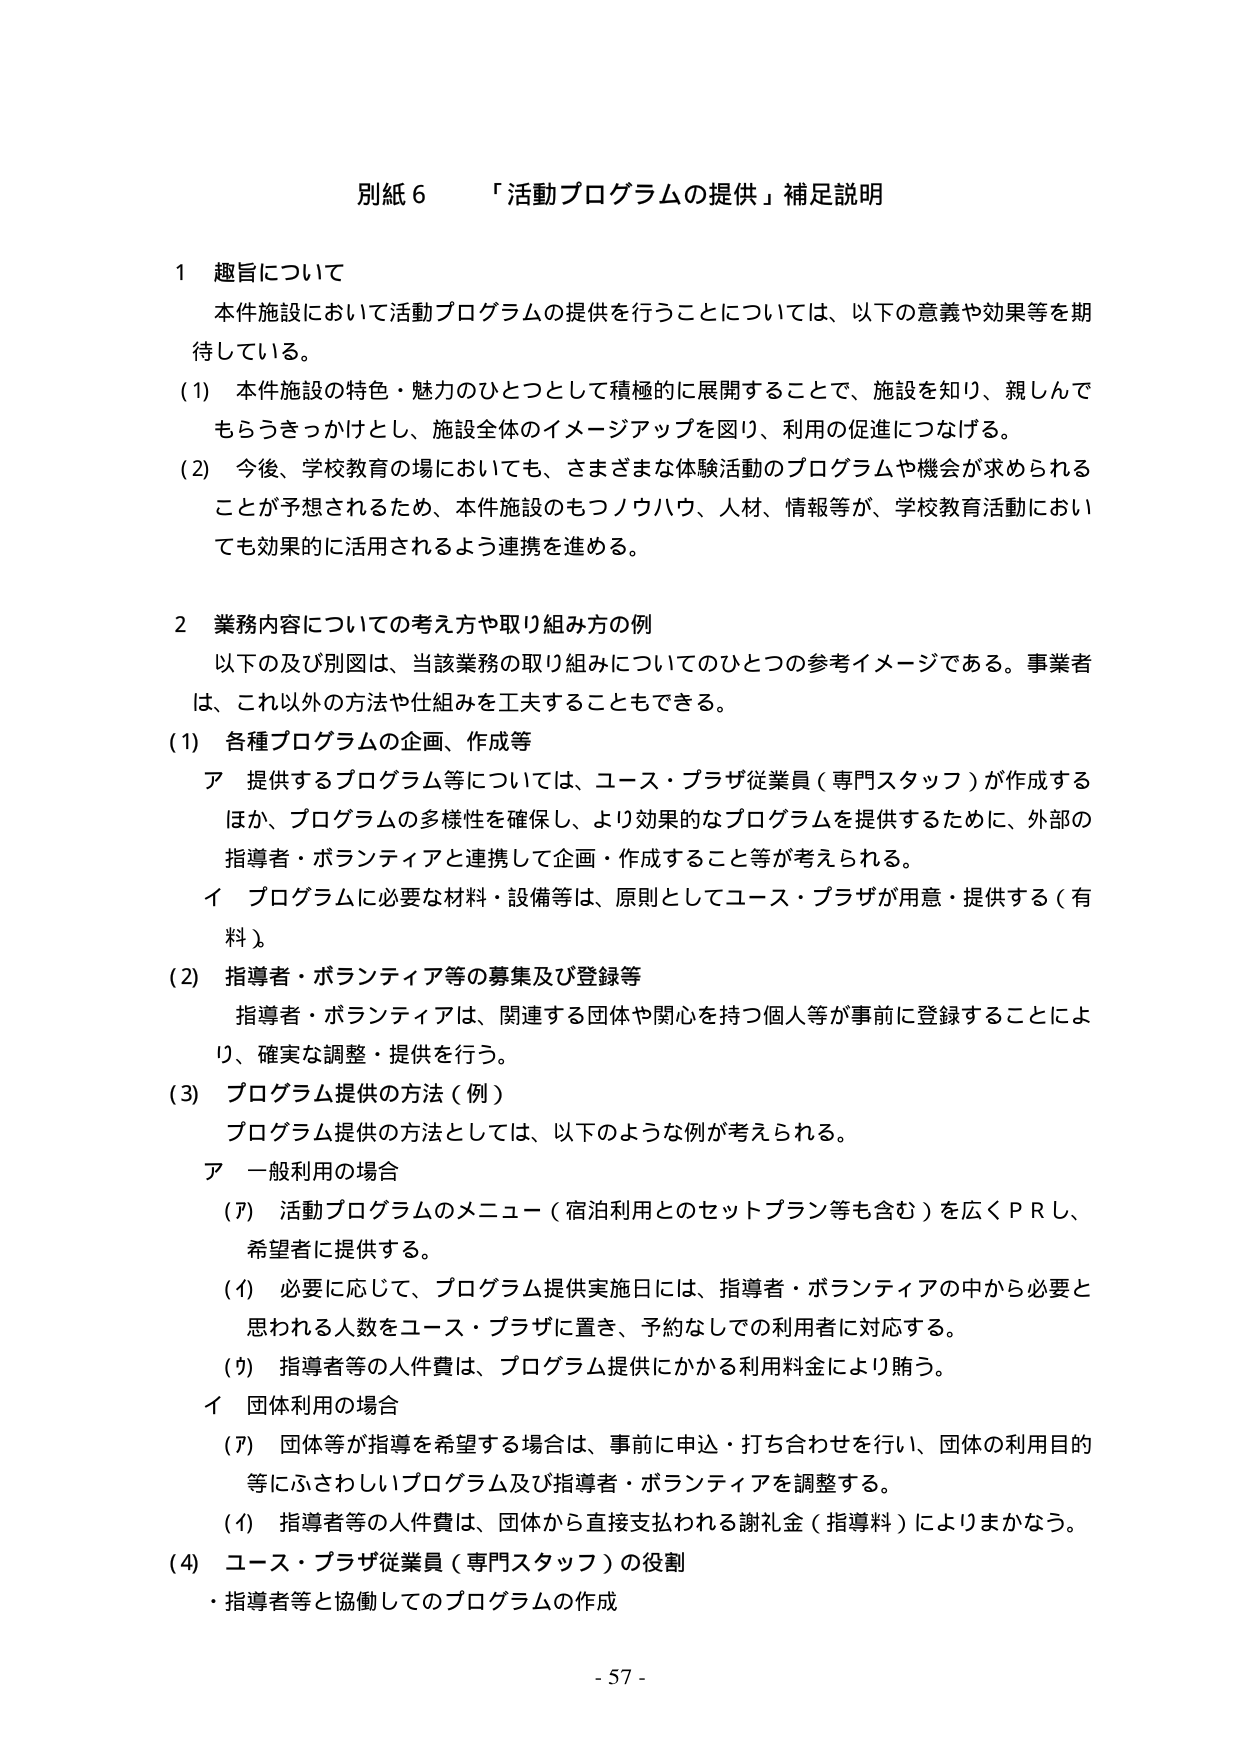
別紙６　「活動プログラムの提供」補足説明

１　趣旨について
　本件施設において活動プログラムの提供を行うことについては、以下の意義や効果等を期待している。
（1）　本件施設の特色・魅力のひとつとして積極的に展開することで、施設を知り、親しんでもらうきっかけとし、施設全体のイメージアップを図り、利用の促進につなげる。
（2）　今後、学校教育の場においても、さまざまな体験活動のプログラムや機会が求められることが予想されるため、本件施設のもつノウハウ、人材、情報等が、学校教育活動においても効果的に活用されるよう連携を進める。

２　業務内容についての考え方や取り組み方の例
　以下の及び別図は、当該業務の取り組みについてのひとつの参考イメージである。事業者は、これ以外の方法や仕組みを工夫することもできる。
（1）　各種プログラムの企画、作成等
　ア　提供するプログラム等については、ユース・プラザ従業員（専門スタッフ）が作成するほか、プログラムの多様性を確保し、より効果的なプログラムを提供するために、外部の指導者・ボランティアと連携して企画・作成すること等が考えられる。
　イ　プログラムに必要な材料・設備等は、原則としてユース・プラザが用意・提供する（有料）。
（2）　指導者・ボランティア等の募集及び登録等
　指導者・ボランティアは、関連する団体や関心を持つ個人等が事前に登録することにより、確実な調整・提供を行う。
（3）　プログラム提供の方法（例）
　プログラム提供の方法としては、以下のような例が考えられる。
　ア　一般利用の場合
　　（ア）　活動プログラムのメニュー（宿泊利用とのセットプラン等も含む）を広くＰＲし、希望者に提供する。
　　（イ）　必要に応じて、プログラム提供実施日には、指導者・ボランティアの中から必要と思われる人数をユース・プラザに置き、予約なしでの利用者に対応する。
　　（ウ）　指導者等の人件費は、プログラム提供にかかる利用料金により賄う。
　イ　団体利用の場合
　　（ア）　団体等が指導を希望する場合は、事前に申込・打ち合わせを行い、団体の利用目的等にふさわしいプログラム及び指導者・ボランティアを調整する。
　　（イ）　指導者等の人件費は、団体から直接支払われる謝礼金（指導料）によりまかなう。
（4）　ユース・プラザ従業員（専門スタッフ）の役割
　・指導者等と協働してのプログラムの作成

- 57 -